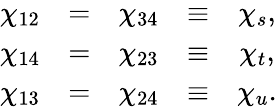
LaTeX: \begin{array}{rclrcl}{{\chi_{12}}}&{{=}}&{{\chi_{34}}}&{{\equiv}}&{{\chi_{s},}}\\ {{\chi_{14}}}&{{=}}&{{\chi_{23}}}&{{\equiv}}&{{\chi_{t},}}\\ {{\chi_{13}}}&{{=}}&{{\chi_{24}}}&{{\equiv}}&{{\chi_{u}.}}\end{array}